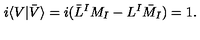
i \langle V | \bar { V } \rangle = i ( \bar { L } ^ { I } M _ { I } - L ^ { I } \bar { M } _ { I } ) = 1 .